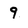
Character: 9